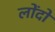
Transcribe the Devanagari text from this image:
लोंदों